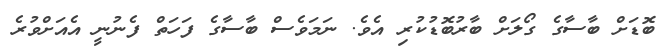
ބޮޑަށް ބާސާގެ ގޯލަށް ބާރުބޮޑުކުރި އެވެ. ނަމަވެސް ބާސާގެ ފަހަތް ފެނުނީ އެއަށްވުރެ